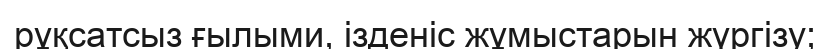
рұқсатсыз ғылыми, iзденiс жұмыстарын жүргізу;